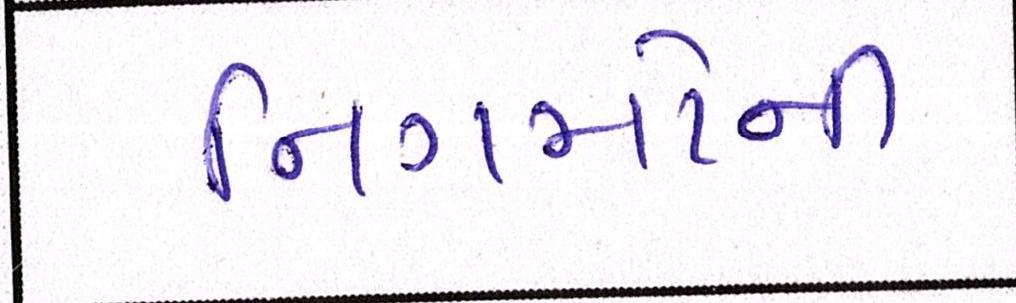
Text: નિગમોની